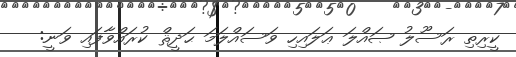
ކީރިތި ރަސޫލު ޞައްލަ ޢަލައިހި ވަސައްލަމަ ޙަދީޘް ކުރައްވާފައި ވަނީ: